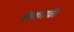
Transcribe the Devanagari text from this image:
विकारकी